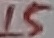
Text: 15